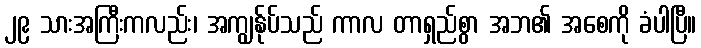
၂၉ သားအကြီးကလည်း၊ အကျွန်ုပ်သည် ကာလ တာရှည်စွာ အဘ၏ အစေကို ခံပါပြီ။